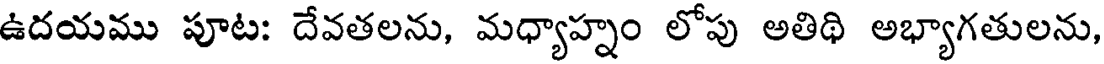
ఉదయము పూట: దేవతలను, మధ్యాహ్నం లోపు అతిథి అభ్యాగతులను,